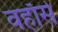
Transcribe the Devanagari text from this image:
वहाँसे